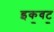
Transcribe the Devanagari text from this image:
इक॒वट॒